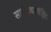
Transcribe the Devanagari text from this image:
सार्ङगधरसंहिता